Subject: math
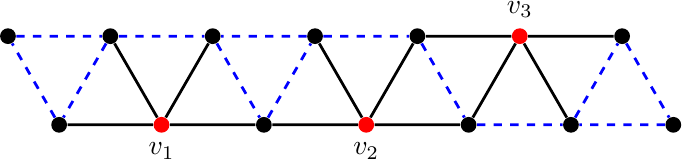
LaTeX code:
		\begin{tikzpicture}[scale=0.65,
			point/.style ={circle,draw=none,fill=#1,
				inner sep=0pt, minimum width=0.2cm,node contents={}}
			]
			\node (v14) at (11,{2-sqrt(3)})   [point=black];
			\node (v13) at (10,2)   [point=black];
			\node (v12) at (9,{2-sqrt(3)})   [point=black];
			\node (v11) at (8,2)   [point=red, label=above:$v_3$];
			\node (v10) at (7,{2-sqrt(3)})   [point=black];
			\node (v9) at (6,2)   [point=black];
			\node (v8) at (5,{2-sqrt(3)})   [point=red, label=below:$v_2$];
			\node (v7) at (4,2)   [point=black];
			\node (v6) at (3,{2-sqrt(3)})   [point=black];
			\node (v5) at (2,2)   [point=black];
			\node (v4) at (1,{2-sqrt(3)})   [point=red, label=below:$v_1$];
			\node (v3) at (0,2)   [point=black];
			\node (v2) at (-1,{2-sqrt(3)})   [point=black];
			\node (v1) at (-2,2)   [point=black];

			\draw[blue,dashed,line width=1pt]
			(v3)--(v2)--(v1)--(v3)--(v5)--(v6)--(v7)--(v5)
			(v7)--(v9)--(v10)--(v12)--(v13)--(v14)--(v12);
			\draw[black,line width=1pt]
			(v2)--(v4)--(v3)
			(v5)--(v4)--(v6)--(v8)--(v7)
			(v9)--(v8)--(v10)--(v11)--(v9)
			(v12)--(v11)--(v13);
		\end{tikzpicture}